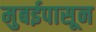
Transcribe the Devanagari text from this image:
मुबईपासून